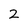
Character: 2